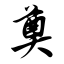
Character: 奠